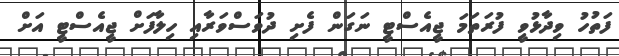
ފަތުހު ވިދާޅުވީ ފުރަތަމަ ޖީއެސްޓީ ނަގަން ފެށި ދުވަސްވަރާއި ހިލާފަށް ޖީއެސްޓީ އަށް